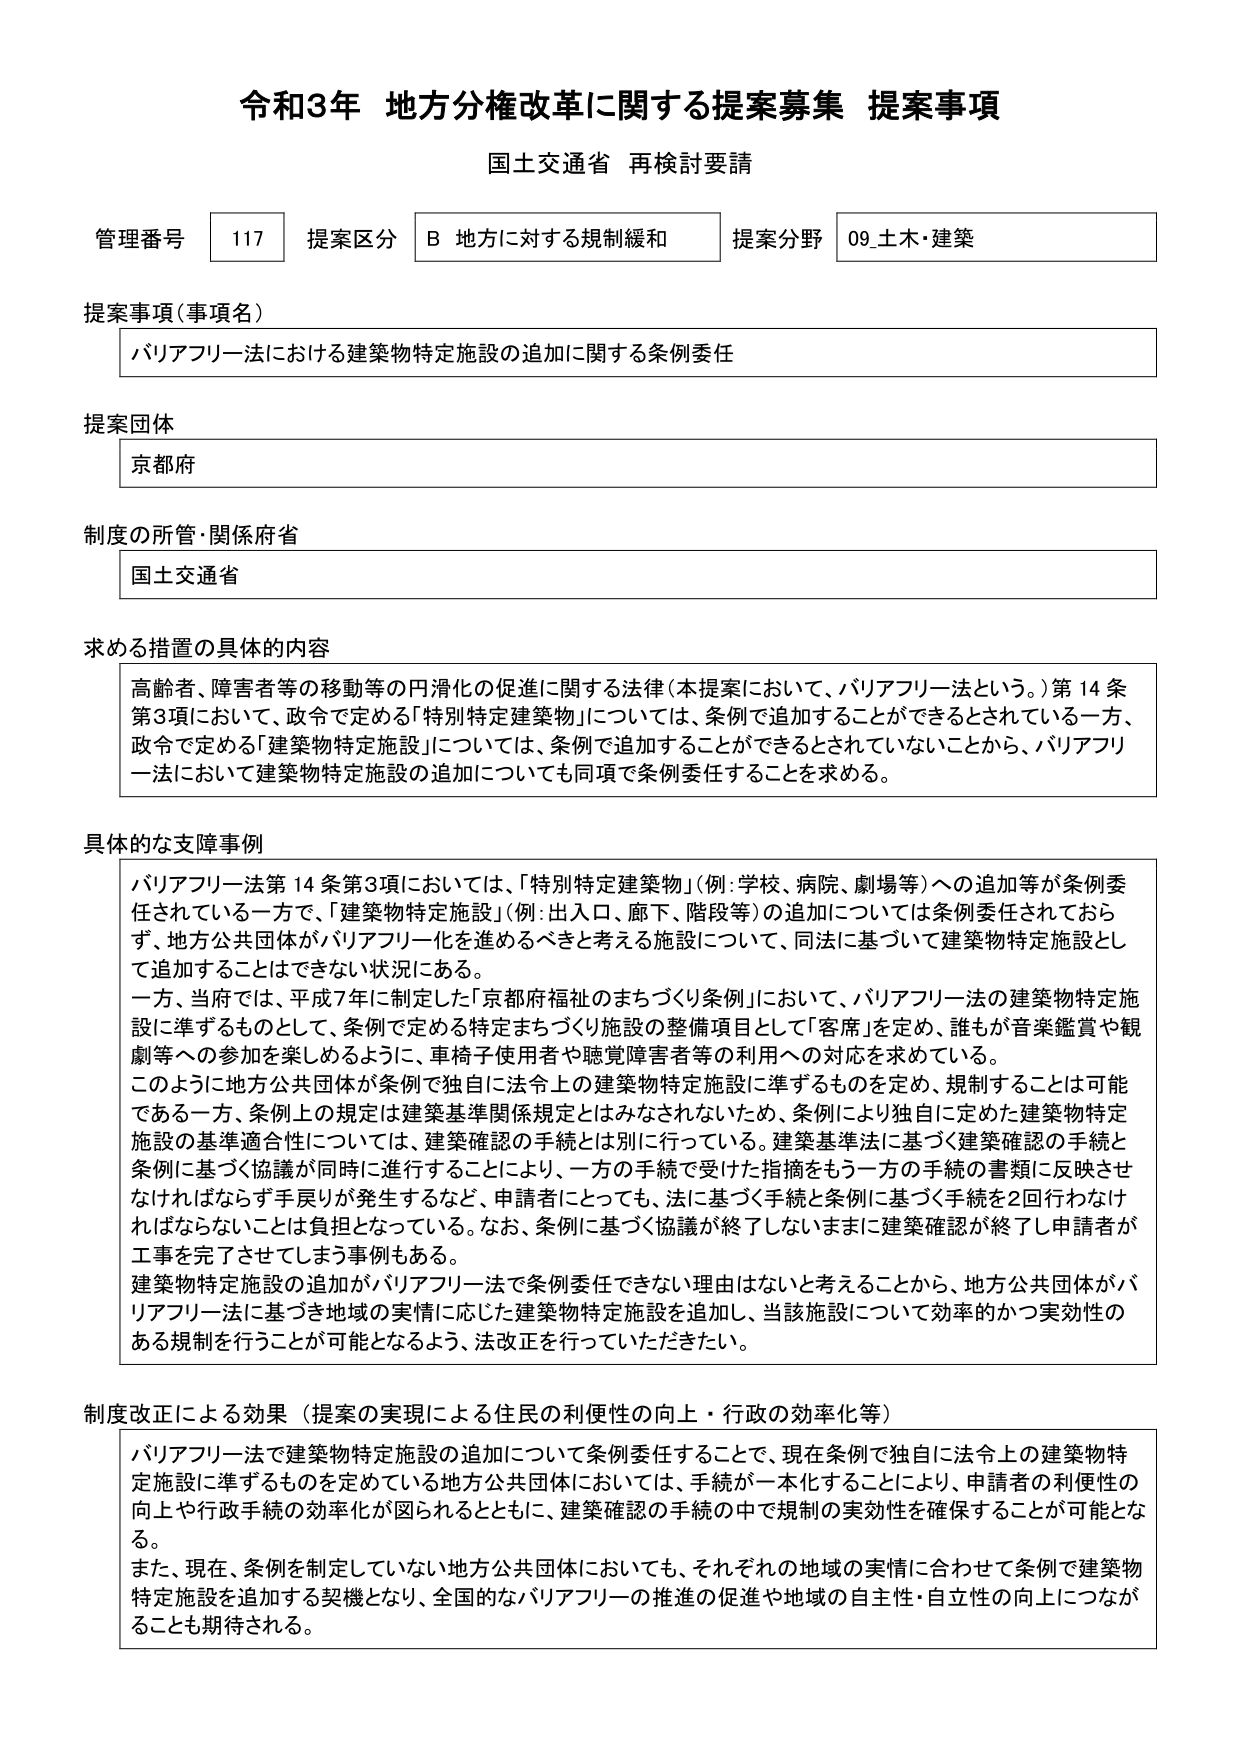
令和3年 地方分権改革に関する提案募集 提案事項
国土交通省 再検討要請

管理番号 117 提案区分 B 地方に対する規制緩和 提案分野 09_土木・建築

提案事項（事項名）
バリアフリー法における建築物特定施設の追加に関する条例委任

提案団体
京都府

制度の所管・関係府省
国土交通省

求める措置の具体的内容
高齢者、障害者等の移動等の円滑化の促進に関する法律（本提案において、バリアフリー法という。）第14条第3項において、政令で定める「特別特定建築物」については、条例で追加することができるとしている一方、政令で定める「建築物特定施設」については、条例で追加することができるとしていないことから、バリアフリー法において建築物特定施設の追加についても同項で条例委任することを求める。

具体的な支障事例
バリアフリー法第14条第3項においては、「特別特定建築物」（例：学校、病院、劇場等）への追加等が条例委任されている一方で、「建築物特定施設」（例：出入口、廊下、階段等）の追加については条例委任されておらず、地方公共団体がバリアフリー化を進めるべきと考える施設について、同法に基づいて建築物特定施設として追加することはできない状況にある。
一方、当府では、平成7年に制定した「京都府福祉のまちづくり条例」において、バリアフリー法の建築物特定施設に準ずるものとして、条例で定める特定まちづくり施設の整備項目として「客席」を定め、誰もが音楽鑑賞や観劇等への参加を楽しめるように、車椅子使用者や聴覚障害者等の利用への対応を求めている。
このように地方公共団体が条例で独自に法令上の建築物特定施設に準ずるものを定め、規制することは可能である一方、条例上の規定は建築基準関係規定とはみなされないため、条例により独自に定めた建築物特定施設の基準適合性については、建築確認の手続とは別に行っている。建築基準法に基づく建築確認の手続と条例に基づく協議が同時に進行することにより、一方の手続で受けた指摘をもう一方の手続の書類に反映させなければならず手戻りが発生するなど、申請者にとっても、法に基づく手続と条例に基づく手続を2回行わなければならないことは負担となっている。なお、条例に基づく協議が終了しないままに建築確認が終了し申請者が工事を完了させてしまう事例もある。
建築物特定施設の追加がバリアフリー法で条例委任できない理由はないと考えることから、地方公共団体がバリアフリー法に基づき地域の実情に応じた建築物特定施設を追加し、当該施設について効率的かつ実効性のある規制を行うことが可能となるよう、法改正を行っていただきたい。

制度改正による効果（提案の実現による住民の利便性の向上・行政の効率化等）
バリアフリー法で建築物特定施設の追加について条例委任することで、現在条例で独自に法令上の建築物特定施設に準ずるものを定めている地方公共団体においては、手続が一本化することにより、申請者の利便性の向上や行政手続の効率化が図られるとともに、建築確認の手続の中で規制の実効性を確保することが可能となる。
また、現在、条例を制定していない地方公共団体においても、それぞれの地域の実情に合わせて条例で建築物特定施設を追加する契機となり、全国的なバリアフリーの推進の促進や地域の自主性・自立性の向上につながることも期待される。